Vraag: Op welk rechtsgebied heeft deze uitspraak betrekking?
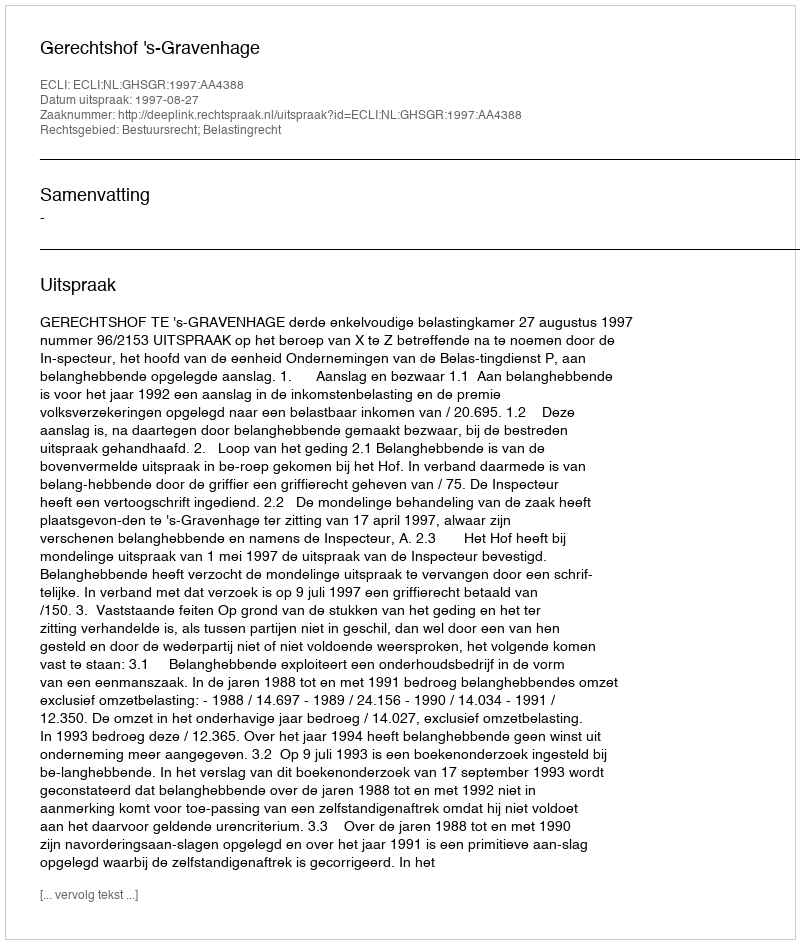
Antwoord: Bestuursrecht; Belastingrecht